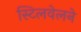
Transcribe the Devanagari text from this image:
स्टिलवेलने